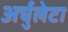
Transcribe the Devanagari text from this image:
अर्चुलेटा